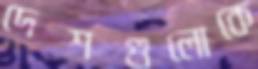
দেশগুলোকে